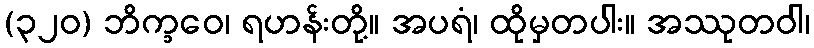
(၃၂၀) ဘိက္ခဝေ၊ ရဟန်းတို့။ အပရံ၊ ထိုမှတပါး။ အဿုတဝါ၊